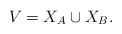
LaTeX: \begin{align*} V = X_A \cup X_B. \end{align*}